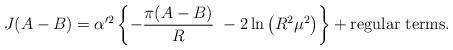
LaTeX: \begin{align*}J(A - B) = \alpha'^2\left\{- \frac{\pi(A-B)}{R}\ - 2\ln\left(R^2\mu^2\right)\right\} + \mbox{regular terms}.\end{align*}